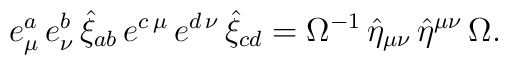
e_\mu ^a\,e_\nu ^b\,\hat{\xi}_{ab}\,e^{c\,\mu }\,e^{d\,\nu }\,\hat{\xi}_{cd}=\Omega ^{-1}\,\hat{\eta}_{\mu \nu }\,\hat{\eta}^{\mu \nu }\,\Omega .